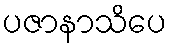
ပဇာနာသိပေ